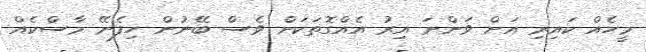
މީހެއް ކައިރި އަށް ވަންނަ އިރު އެއްގޮތަކަށް ވެސް ބޭނުން ހިފެނޭ މާސްކެއް